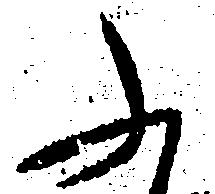
ふ